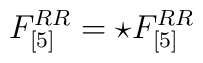
F_{[5]}^{RR} = \star F_{[5]}^{RR}